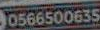
10566500655